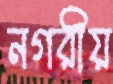
নগরীয়